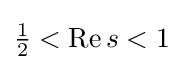
{\tfrac {1}{2}}<\mathrm {Re} \,s<1